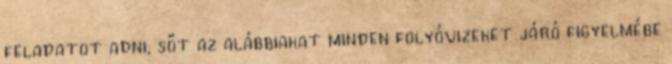
feladatot adni, sőt az alábbiakat minden folyóvizeket járó figyelmébe